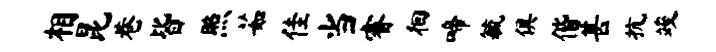
相昆巷皆照茹佳当睿徊啼毓俱偕甚抗竣